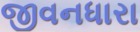
જીવનધારા